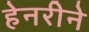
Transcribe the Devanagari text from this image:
हेनरीने